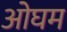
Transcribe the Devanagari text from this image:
ओघम